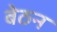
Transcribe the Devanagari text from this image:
बेठन